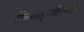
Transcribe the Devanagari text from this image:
किनाऱ्यांलगत